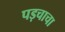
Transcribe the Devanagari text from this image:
पड़चाचा